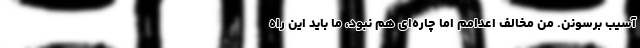
آسیب برسونن. من مخالف اعدامم اما چاره‌ای هم نبود، ما باید این راه